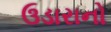
ઉડારાનો